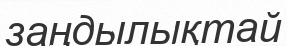
заңдылықтай